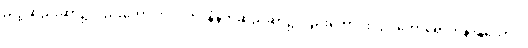
ညဉ့်ဆည်းဆာ၌လည်းကောင်း။ ပါတံ၊ နံနက်ဆည်ဆာ၌လည်းကောင်း။ ဥဒကောရောဟနာနုယောဂံ၊